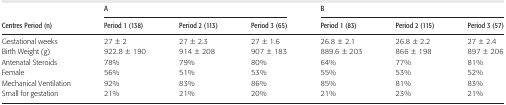
<table><thead><tr><td></td><td colspan="3"><b>A</b></td><td colspan="3"><b>B</b></td></tr><tr><td><b>Centres Period (n)</b></td><td><b>Period 1 (138)</b></td><td><b>Period 2 (113)</b></td><td><b>Period 3 (65)</b></td><td><b>Period 1 (83)</b></td><td><b>Period 2 (115)</b></td><td><b>Period 3 (57)</b></td></tr></thead><tbody><tr><td>Gestational weeks</td><td>27 ± 2</td><td>27 ± 2.3</td><td>27 ± 1.6</td><td>26.8 ± 2.1</td><td>26.8 ± 2.2</td><td>27 ± 2.4</td></tr><tr><td>Birth Weight (g)</td><td>922.8 ± 190</td><td>914 ± 208</td><td>907 ± 183</td><td>889.6 ± 203</td><td>866 ± 198</td><td>897 ± 206</td></tr><tr><td>Antenatal Steroids</td><td>78%</td><td>79%</td><td>80%</td><td>64%</td><td>77%</td><td>81%</td></tr><tr><td>Female</td><td>56%</td><td>51%</td><td>53%</td><td>55%</td><td>53%</td><td>52%</td></tr><tr><td>Mechanical Ventilation</td><td>92%</td><td>83%</td><td>86%</td><td>85%</td><td>81%</td><td>83%</td></tr><tr><td>Small for gestation</td><td>21%</td><td>21%</td><td>20%</td><td>21%</td><td>23%</td><td>21%</td></tr></tbody></table>